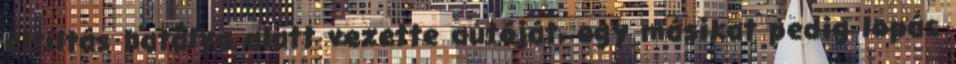
eltiltás hatálya alatt vezette autóját, egy másikat pedig lopás